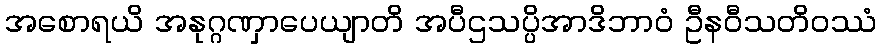
အစောရယိ အနုဂ္ဂဏှာပေယျာတိ အပီဌသပ္ပိအာဒိဘာဝံ ဦနဝီသတိဝဿံ